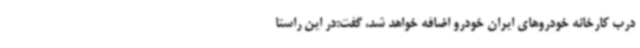
درب کارخانه خودروهای ایران خودرو اضافه خواهد شد، گفت:در این راستا